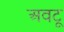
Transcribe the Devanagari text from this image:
अवटू